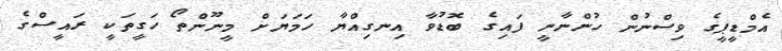
އެމްޑީޕީގެ ވިސްނުން ހުންނާނީ ފައިގެ ބޮޑުވާ އިނގިއްޔާ ހަމަޔަށް މީނޫންތޯ ހަގީތަކީ ރައީސްގެ